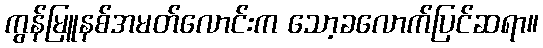
ကွန်မြူနစ်အမတ်လောင်းက သော့ခလောက်ပြင်ဆရာ။